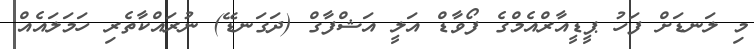
މި ލަނޑަށް ފަހު ޕީޑީއާރްއެމްގެ ފޯވާޑް އަލީ އަޝްފާގް (ދަގަނޑޭ) ނުރައްކާތެރި ހަމަލައެއް